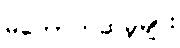
မတော်တဆမှုများ